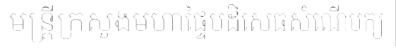
មន្ត្រីក្រសួងមហាផ្ទៃបដិសេធសំណើបក្ស